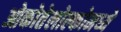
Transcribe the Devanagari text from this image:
ओकोतेलोल्कोमध्ये